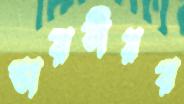
ভারতীয়র